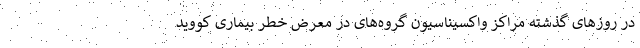
در روزهای گذشته مراکز واکسیناسیون گروه‌های در معرض خطر بیماری کووید